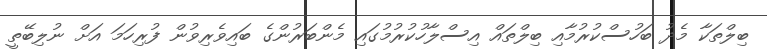
ބިލްތަކާ މެދު ބަހުސްކުރުމާއި ބިލްތައް އިސްލާހުކުރުމުގައި މެންބަރުންގެ ބައިވެރިވުން ފުރިހަމަ އަށް ނުލިބޭތީ